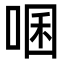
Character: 㖥